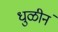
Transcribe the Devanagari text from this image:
धुळीनं